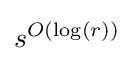
s^{O(\log(r))}